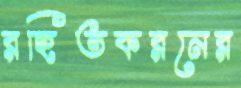
রহিতকরনের